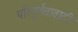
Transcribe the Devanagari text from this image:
परिपूर्णतावादी